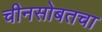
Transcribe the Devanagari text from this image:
चीनसोबतचा